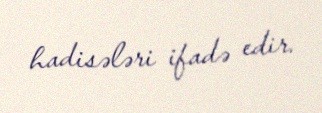
hadisələri ifadə edir.